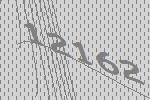
12162